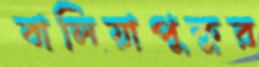
বালিয়াপুকুর